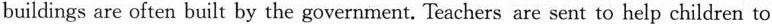
buildings are often built by the government. Teachers are sent to help children to